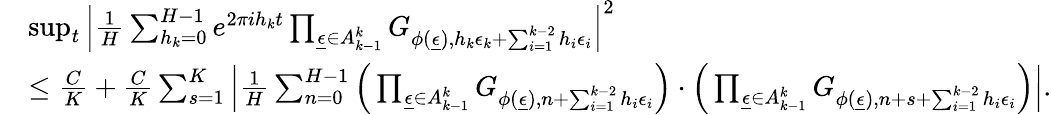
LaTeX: \begin{array}{rl}&{\operatorname*{sup}_{t}\Big|\frac{1}{H}\sum_{h_{k}=0}^{H-1}e^{2\pi ih_{k}t}\prod_{\underline{{\epsilon}}\in A_{k-1}^{k}}G_{\phi(\underline{{\epsilon}}),h_{k}\epsilon_{k}+\sum_{i=1}^{k-2}h_{i}\epsilon_{i}}\Big|^{2}}\\ &{\le\frac{C}{K}+\frac{C}{K}\sum_{s=1}^{K}\Big|\frac{1}{H}\sum_{n=0}^{H-1}\Big(\prod_{\underline{{\epsilon}}\in A_{k-1}^{k}}G_{\phi(\underline{{\epsilon}}),n+\sum_{i=1}^{k-2}h_{i}\epsilon_{i}}\Big)\cdot\Big(\prod_{\underline{{\epsilon}}\in A_{k-1}^{k}}G_{\phi(\underline{{\epsilon}}),n+s+\sum_{i=1}^{k-2}h_{i}\epsilon_{i}}\Big)\Big|.}\end{array}